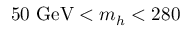
5 0 \ \mathrm { G e V } < \ensuremath { m _ { h } } < 2 8 0